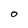
Character: O